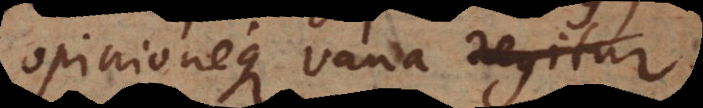
opinioneque vana regitur